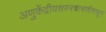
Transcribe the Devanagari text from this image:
अणुकेंद्रीयशस्‍त्रचाचणीमधून